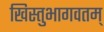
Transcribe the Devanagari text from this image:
खिस्तुभागवतम्